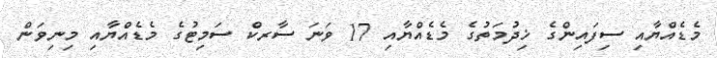
މެޑެއްޔާއި ސިފައިންގެ ޚިދުމަތުގެ މެޑެއްޔާއި 17 ވަނަ ސާރކް ސަމިޓުގެ މެޑެއްޔާއި މިނިވަން